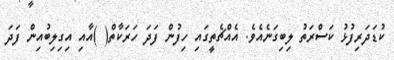
ކުޑަދަރިފުޅު ކަސްރަތު ލިބިގަނެއެވެ. އެއްޗެތީގައި ހިފުން ފަދަ ހަރަކާތް( )އާއި އިގިލިބުއިން ފަދަ